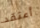
أعتقد